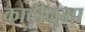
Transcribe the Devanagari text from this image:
काठीनुमा